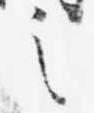
之